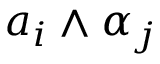
a _ { i } \wedge \alpha _ { j }